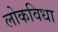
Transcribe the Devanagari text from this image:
लोकविधा